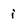
Character: i